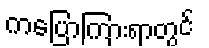
ကပြောကြားရာတွင်